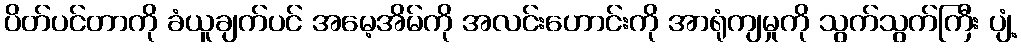
ပိတ်ပင်တာကို ခံယူချက်ပင် အမေ့အိမ်ကို အလင်းဟောင်းကို အာရုံကျမှုကို သွက်သွက်ကြီး ပျံ့